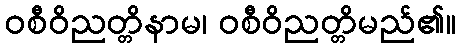
ဝစီဝိညတ္တိနာမ၊ ဝစီဝိညတ္တိမည်၏။